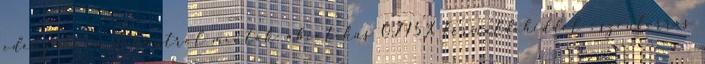
edényekben  kontrol minták: abiotikus 0,715% formaldehiddel ; szénforrás